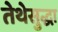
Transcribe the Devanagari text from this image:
तेथेसुद्धा